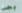
يجب